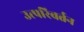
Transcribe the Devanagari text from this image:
उत्परिवर्त्तन